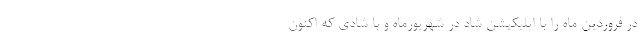
در فروردین ماه را با اپلیکیشن شاد در شهریورماه و با شادی که اکنون